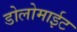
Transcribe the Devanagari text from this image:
डोलोमाईट